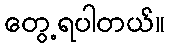
တွေ့ရပါတယ်။